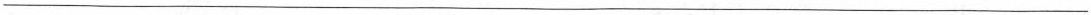
_______________________________________________